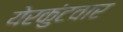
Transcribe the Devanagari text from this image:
येरकुंटवार